Indian journal of veterinary science and animal husbandry - Volume 13,
Year: 1943
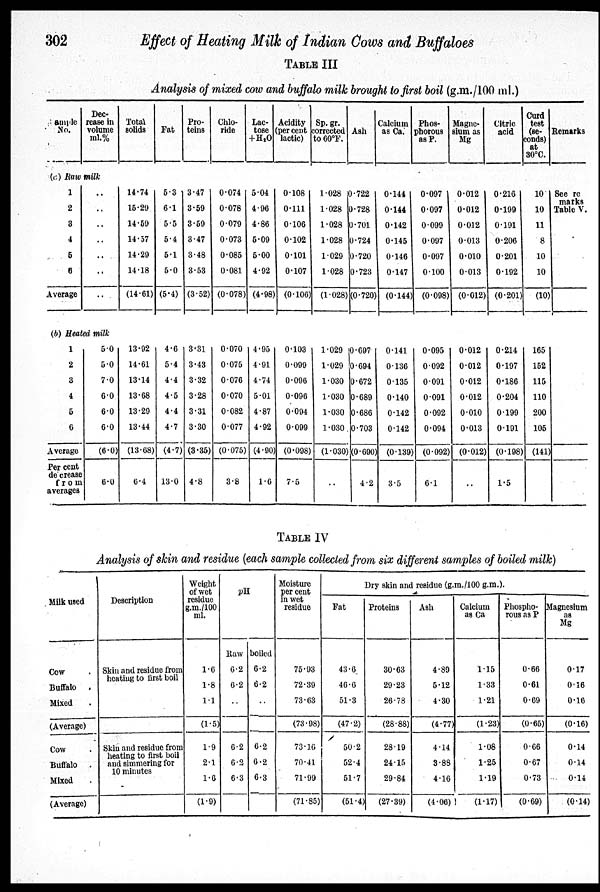
302
Effect of Heating Milk of Indian Cows and Buffaloes
TABLE III
Analysis of mixed cow and buffalo milk brought to first boil (g.m./100 ml.)
sample
No.
Dec-
rease in
volume
ml.%
(c) Raw milk
1
2
3
4
5
6
Average
..
..
..
..
..
..
..
(b) Heated milk
1
2
3
4
5
6
Average
Per cent
de crease
from
averages
5.0
5.0
7.0
6.0
6.0
6.0
(6.0)
6.0
Total
solids
14.74
15.29
14.59
14.57
14.29
14.18
(14.61)
13.92
14.61
13.14
13.68
13.29
13.44
(13.68)
6.4
Fat
5.3
6.1
5.5
5.4
5.1
5.0
(5.4)
4.6
5.4
4.4
4.5
4.4
4.7
(4.7)
13.0
Pro-
teins
3.47
3.59
3.59
3.47
3.48
3.53
(3.52)
3.31
3.43
3.32
3.28
3.31
3.30
(3.35)
4.8
Chlo-
ride
0.074
0.078
0.079
0.073
0.085
0.081
(0.078)
0.070
0.075
0.076
0.070
0.082
0.077
(0.075)
3.8
Lac-
tose
+H 2 O
5.04
4.96
4.86
5.09
5.00
4.92
(4.98)
4.95
4.91
4.74
5.01
4.87
4.92
(4.90)
1.6
Acidity
(per cent
lactic)
0.108
0.111
0.106
0.102
0.101
0.107
(0.106)
0.103
0.099
0.096
0.096
0.094
0.099
(0.098)
7.5
Sp.gr.
corrected
to 60ºF.
1.028
1.028
1.028
1.028
1.029
1.028
(1.028)
1.029
1.029
1.030
1.030
1.030
1.030
(1.030)
..
Ash
0.722
0.728
0.701
0.724
0.720
0.723
(0.720)
0.697
0.694
0.672
0.689
0.686
0.703
(0.690)
4.2
Calcium
as Ca.
0.144
0.144
0.142
0.145
0.146
0.147
(0.144)
0.141
0.136
0.135
0.140
0.142
0.142
(0.139)
3.5
Phos-
phorous
as P.
0.097
0.097
0.099
0.097
0.097
0.100
(0.098)
0.095
0.092
0.091
0.091
0.092
0.094
(0.092)
6.1
Magne-
sium as
Mg
0.012
0.012
0.012
0.013
0.010
0.013
(0.012)
0.012
0.012
0.012
0.012
0.010
0.013
(0.012)
..
Citric
acid
0.216
0.199
0.191
0.206
0.201
0.192
(0.201)
0.214
0.197
0.186
0.204
0.199
0.191
(0.198)
1.5
Curd
test
(se-
conds)
at
30ºC.
10
10
11
8
10
10
(10)
165
152
115
110
200
105
(141)
Remarks
See re
marks
Table V.
TABLE IV
Analysis of skin and residue (each sample collected from six different samples of boiled milk)
Milk used
Cow .
Buffalo
.
Mixed .
(Average)
Cow .
Buffalo
.
Mixed .
(Average)
Description
Skin and residue from
heating to first boil
Skin and residue from
heating to first boil
and simmering for
10 minutes
Weight
of wet
residue
g.m./100
ml.
1.6
1.8
1.1
(1.5)
1.9
2.1
1.6
(1.9)
pH
Raw
6.2
6.2
..
6.2
6.2
6.3
boiled
6.2
6.2
..
6.2
6.2
6.3
Moisture
per cent
in wet
residue
75.93
72.39
73.63
(73.98)
73.16
70.41
71.99
(71.85)
Dry skin and residue (g.m./100 g.m.)
Fat
43.6
46.6
51.3
(47.2)
50.2
52.4
51.7
(51.4)
Proteins
30.63
29.23
26.78
(28.88)
28.19
24.15
29.84
(27.39)
Ash
4.89
5.12
4.30
(4.77)
4.14
3.88
4.16
(4.06)
Calcium
as Ca
1.15
1.33
1.21
(1.23)
1.08
1.25
1.19
(1.17)
Phospho-
rous as P
0.66
0.61
0.69
(0.65)
0.66
0.67
0.73
(0.69)
Magnesium
as
Mg
0.17
0.16
0.16
(0.16)
0.14
0.14
0.14
(0.14)